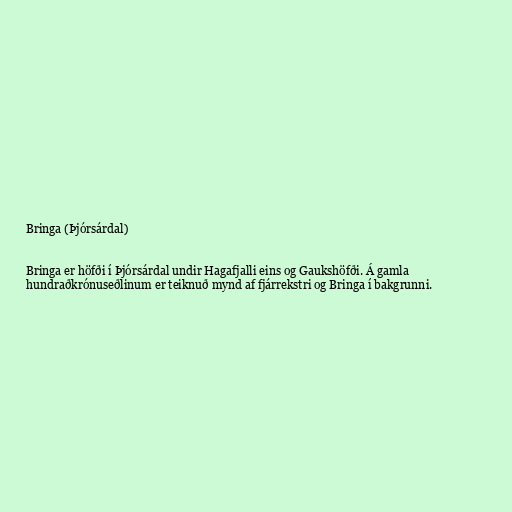
Bringa (Þjórsárdal)

Bringa er höfði í Þjórsárdal undir Hagafjalli eins og Gaukshöfði. Á gamla
hundraðkrónuseðlinum er teiknuð mynd af fjárrekstri og Bringa í bakgrunni.